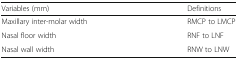
| Variables (mm) | Definitions |
 | --- | --- |
 | Maxillary inter-molar width | RMCP to LMCP |
 | Nasal floor width | RNF to LNF |
 | Nasal wall width | RNW to LNW |